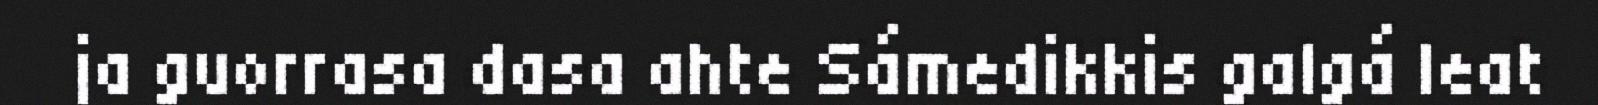
ja guorrasa dasa ahte Sámedikkis galgá leat